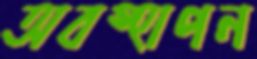
অবস্হাপন